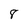
Character: 8